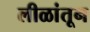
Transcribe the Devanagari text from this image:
लीळांतून